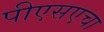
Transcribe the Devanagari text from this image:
पीएसएचा